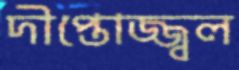
দীপ্তোজ্জ্বল